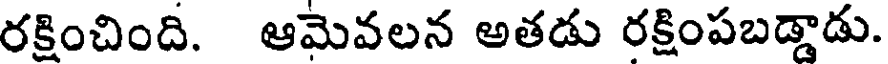
రక్షించింది. ఆమెవలన అతడు రక్షింపబడ్డాడు.